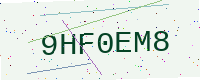
Text: 9HF0EM8